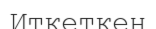
Иткеткен